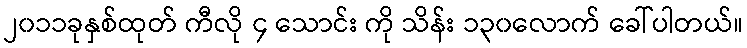
၂၀၁၁ခုနှစ်ထုတ် ကီလို ၄ သောင်း ကို သိန်း ၁၃၀လောက် ခေါ်ပါတယ်။